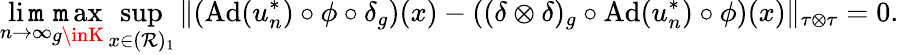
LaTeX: \operatorname*{li\mathtt{m}}_{n\rightarrow\infty}\operatorname*{\mathtt{m}ax}_{g\inK}\operatorname*{sup}_{x\in(\mathcal{{R}})_{1}}\| (\mathrm{{Ad}}(u_{n}^{*})\circ\phi\circ\delta_{g})(x)-((\delta\otimes\delta)_{g}\circ\mathrm{{Ad}}(u_{n}^{*})\circ\phi)(x)\| _{\tau\otimes\tau}=0.